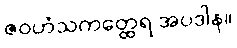
ဇဝဟံသကတ္ထေရ အပဒါန။